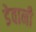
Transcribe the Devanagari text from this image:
डेवानी